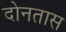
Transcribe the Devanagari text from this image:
दोनतास